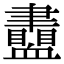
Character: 𧗙